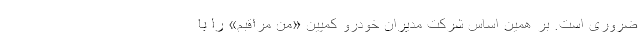
ضروری است. بر همین اساس شرکت مدیران خودرو کمپین «من مراقبم» را با